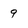
Character: 9